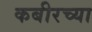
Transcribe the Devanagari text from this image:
कबीरच्या